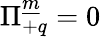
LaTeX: \Pi_{+q}^{\underline{{{m}}}}=0